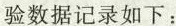
验数据记录如下：